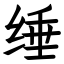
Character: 缍